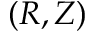
( R , Z )